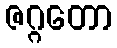
ဇဂ္ဂတော